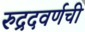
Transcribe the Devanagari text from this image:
रुद्रदवर्णची